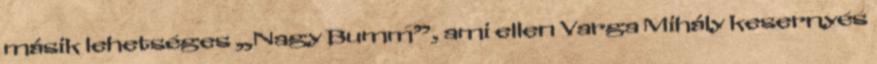
másik lehetséges „Nagy Bumm”, ami ellen Varga Mihály kesernyés